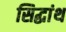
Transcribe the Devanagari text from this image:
सिद्धांथ